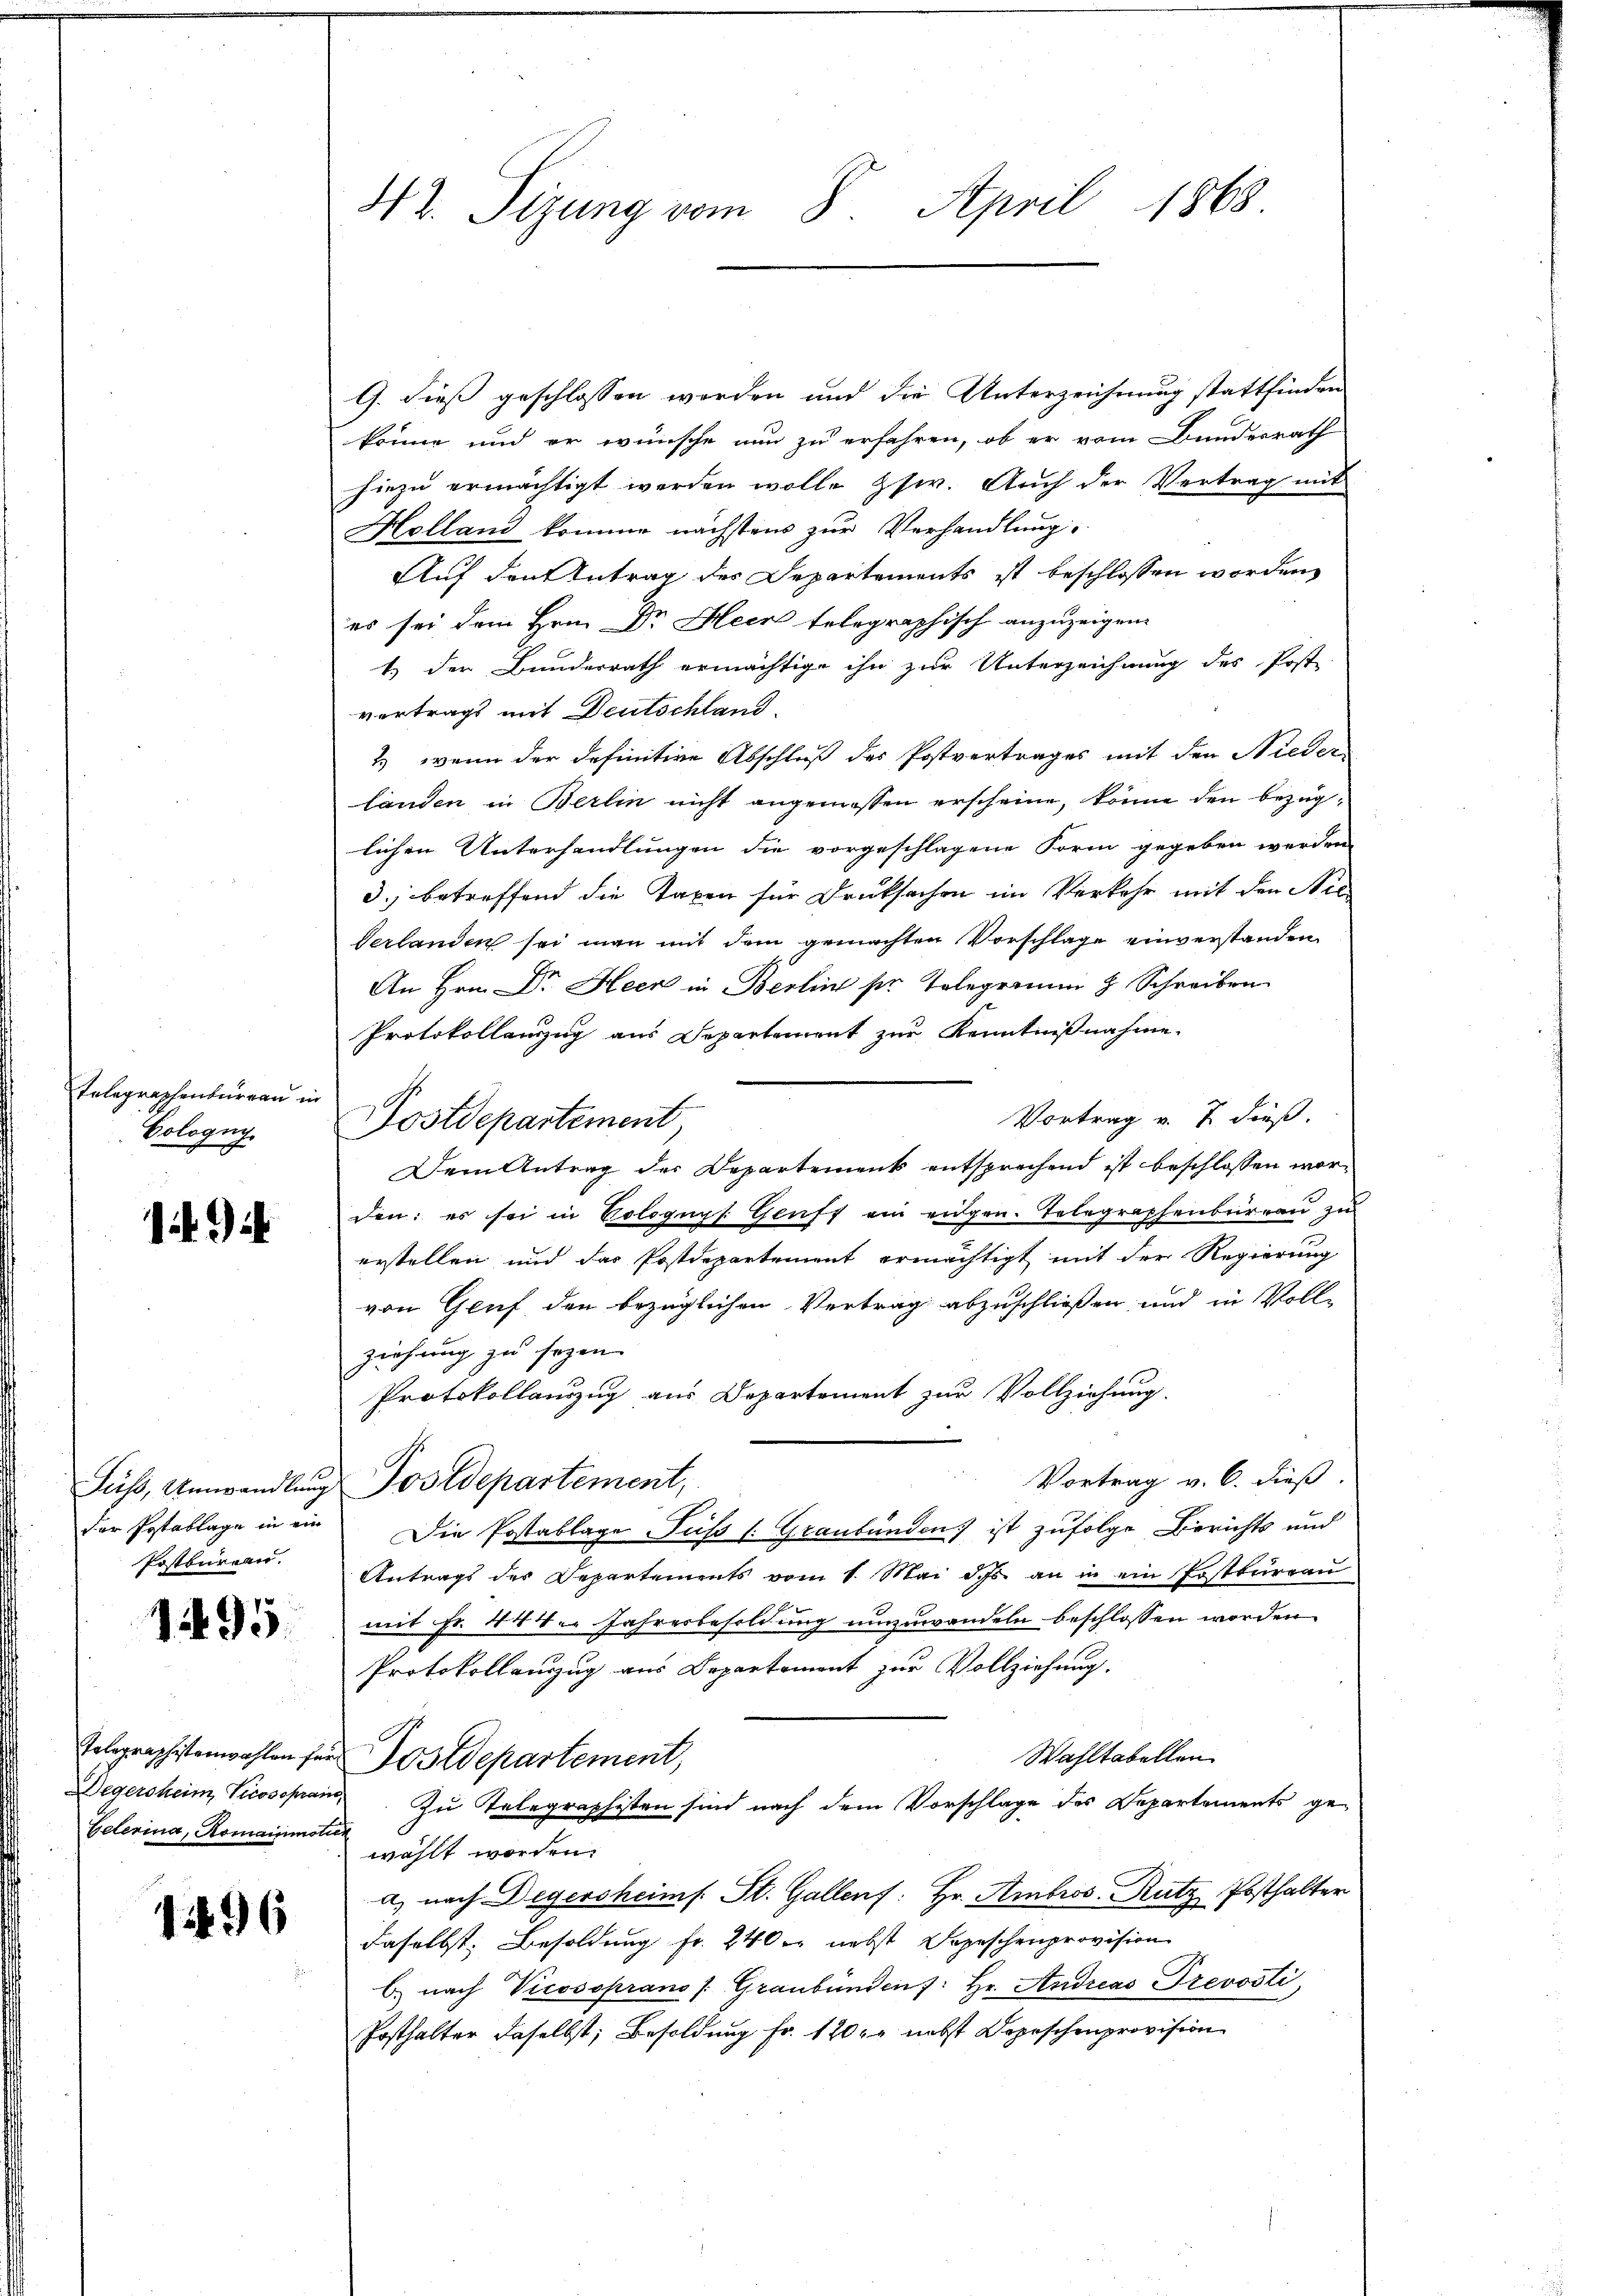
Telegraphenbureau in
Gologni

92

Postkurater.

1495

Gelerina, Romainmotion

1496

G. dieß geschlossen worden und die Unterzeichnung stattfinden
könne und er wünsche nun zu erfahren, ob er vom Bundesrath
hiezu ermächtigt werden wolle, psw. Auch der Vertrag mit
Holland komme nächstens zur Verhandlung,
Auf den Antrag der Departements ist beschlossen worden,
es sei dem Hrn. Dr Heer telegraphisch anzuzeigen.
1.) Der Bunderrath ermächtige ihn zur Unterzeichnung des Post
vertrags mit Deutschland.
& wenn der definitive Abschluß des Postvertrages mit den Nieder
länden in Berlin nicht angemessen erscheine, könne den bezüglichen Unterhandlungen die vorgeschlagene Form gegeben werden
d., betreffend die Taxen für Drucksachen im Verkehr mit den Nie¬
Verlanden sei man mit dem gemachten Vorschlage einverstanden
An Hrn. Dr. Heer in Berlin ser Telegramm H. Schreiben
Protokollanzug aus Departement zŭr Kenntniβnahme.
Vortrag v. 7. dieß.
Postdepartement
Dem Antrag der Departement entsprechend ist beschlossen worden: es sei in Vologups. Genff ein eidgen. Telegraphenbureau zu
erstellen und das Postdepartement ermächtigt mit der Regierung
vom Gruf den bezüglichen Vertrag abzuschließen und in Vollziehung zu sezen
Protokollauszug aus Departement zur Vollziehung.
Vortrag v. 6. dieß.
Jess, Umwandlung Postdepartement,
Der Postablage in ein Die Postablage Fuss (Graubünden ist zufolge Berichts und
Antrags des Departements vom 1. Mai d. Js. an in ein Erstbureau
mit Fr. 444. Jahresbesoldung umzuwandeln beschlossen worden.
Protokollenzug aus Departement zur Vollziehung.
Wahltabellen
Tolographistenwahlen für Postdepartement,
Degersheim Vicossprang. Zu Telegraphisten sind nach dem Vorschlage des Departements ge-
wählt worden.
a) nach Degersheim. St. Gallens: Hr. Ambros. Rutz, Posthalter
daselbst. Besoldung fr. 240 er nebst Depeschenprovision
b. nach Vicosoprano /: Graubünden 7: Hr. Andreas Trevosti,
Posthalter daselbst; Besoldung fr. 120 r. nebst Depeschenprovision

42. Sizung vom 8. April 1868.